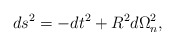
\begin{align*}ds^2 = -dt^2 +R^2d\Omega_n^2,\end{align*}